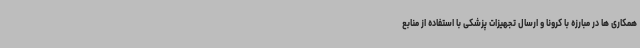
همکاری ها در مبارزه با کرونا و ارسال تجهیزات پزشکی با استفاده از منابع